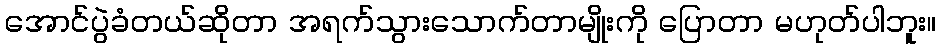
အောင်ပွဲခံတယ်ဆိုတာ အရက်သွားသောက်တာမျိုးကို ပြောတာ မဟုတ်ပါဘူး။